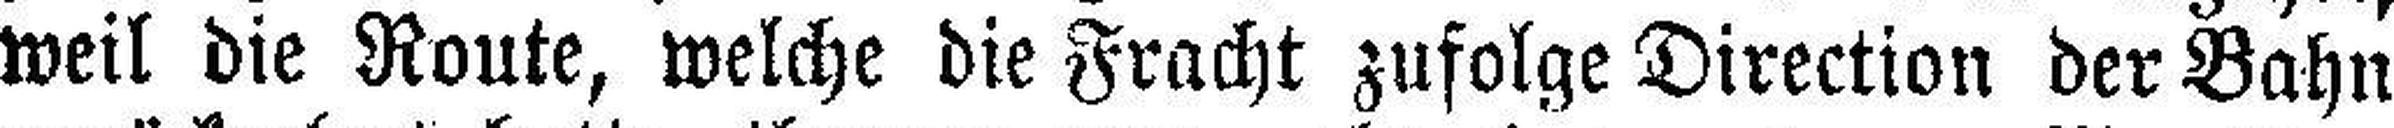
weil die Route, welche die Fracht zufolge Direction der Bahn